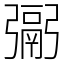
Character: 䰜